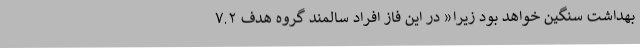
بهداشت سنگین خواهد بود زیرا« در این فاز افراد سالمند گروه هدف ۷.۲